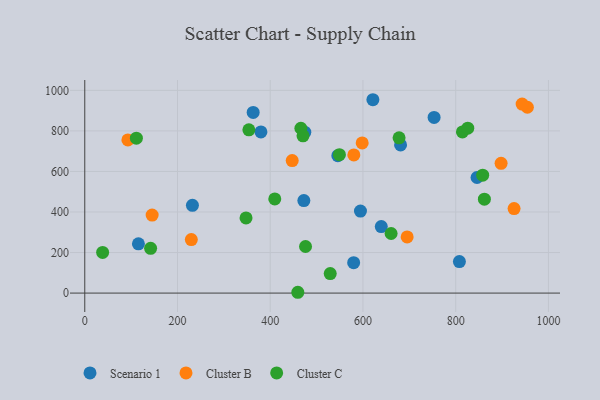
{"axis": {"x": "Investment", "y": "Sales"}, "legend": ["Cluster B", "Cluster C", "Scenario 1"], "data": [{"x": "363.2", "y": 891.3, "type": "Scenario 1"}, {"x": "115.7", "y": 243.1, "type": "Scenario 1"}, {"x": "379.9", "y": 795.0, "type": "Scenario 1"}, {"x": "472.5", "y": 456.2, "type": "Scenario 1"}, {"x": "232.2", "y": 433.1, "type": "Scenario 1"}, {"x": "594.6", "y": 404.7, "type": "Scenario 1"}, {"x": "753.4", "y": 866.5, "type": "Scenario 1"}, {"x": "681.1", "y": 731.0, "type": "Scenario 1"}, {"x": "545.8", "y": 677.7, "type": "Scenario 1"}, {"x": "579.9", "y": 150.2, "type": "Scenario 1"}, {"x": "639.5", "y": 328.0, "type": "Scenario 1"}, {"x": "846.0", "y": 570.2, "type": "Scenario 1"}, {"x": "808.0", "y": 155.3, "type": "Scenario 1"}, {"x": "621.4", "y": 953.8, "type": "Scenario 1"}, {"x": "474.5", "y": 793.7, "type": "Scenario 1"}, {"x": "447.4", "y": 653.6, "type": "Cluster B"}, {"x": "954.6", "y": 916.6, "type": "Cluster B"}, {"x": "695.3", "y": 277.0, "type": "Cluster B"}, {"x": "93.0", "y": 755.7, "type": "Cluster B"}, {"x": "580.3", "y": 681.3, "type": "Cluster B"}, {"x": "598.3", "y": 740.8, "type": "Cluster B"}, {"x": "925.9", "y": 417.1, "type": "Cluster B"}, {"x": "229.8", "y": 264.2, "type": "Cluster B"}, {"x": "897.9", "y": 639.9, "type": "Cluster B"}, {"x": "145.3", "y": 385.0, "type": "Cluster B"}, {"x": "943.3", "y": 932.1, "type": "Cluster B"}, {"x": "529.4", "y": 96.4, "type": "Cluster C"}, {"x": "660.7", "y": 294.0, "type": "Cluster C"}, {"x": "549.2", "y": 682.7, "type": "Cluster C"}, {"x": "476.1", "y": 229.9, "type": "Cluster C"}, {"x": "409.8", "y": 464.4, "type": "Cluster C"}, {"x": "38.5", "y": 200.7, "type": "Cluster C"}, {"x": "814.5", "y": 795.2, "type": "Cluster C"}, {"x": "861.9", "y": 463.2, "type": "Cluster C"}, {"x": "142.0", "y": 220.6, "type": "Cluster C"}, {"x": "858.2", "y": 581.8, "type": "Cluster C"}, {"x": "347.8", "y": 370.8, "type": "Cluster C"}, {"x": "111.3", "y": 764.2, "type": "Cluster C"}, {"x": "466.1", "y": 813.2, "type": "Cluster C"}, {"x": "459.5", "y": 4.0, "type": "Cluster C"}, {"x": "826.0", "y": 813.7, "type": "Cluster C"}, {"x": "677.9", "y": 766.1, "type": "Cluster C"}, {"x": "353.9", "y": 805.3, "type": "Cluster C"}, {"x": "470.7", "y": 775.8, "type": "Cluster C"}]}